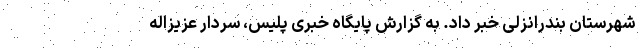
شهرستان بندرانزلی خبر داد. به گزارش پایگاه خبری پلیس، سردار عزیزاله